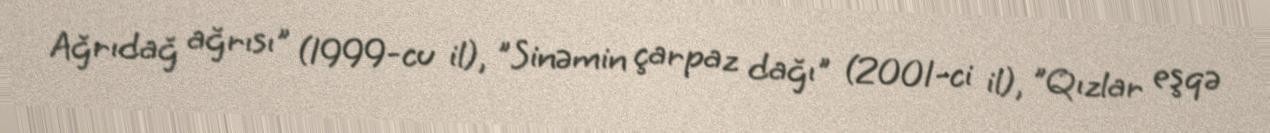
Ağrıdağ ağrısı" (1999-cu il), "Sinəmin çarpaz dağı" (2001-ci il), "Qızlar eşqə